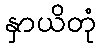
နှာယိတုံ